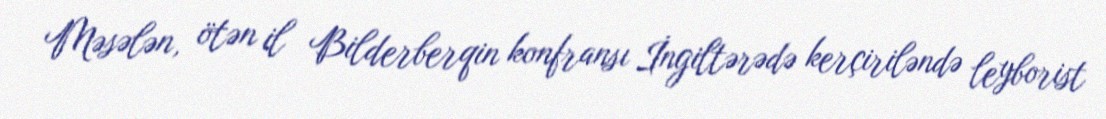
Məsələn, ötən il Bilderberqin konfransı İngiltərədə kerçiriləndə leyborist